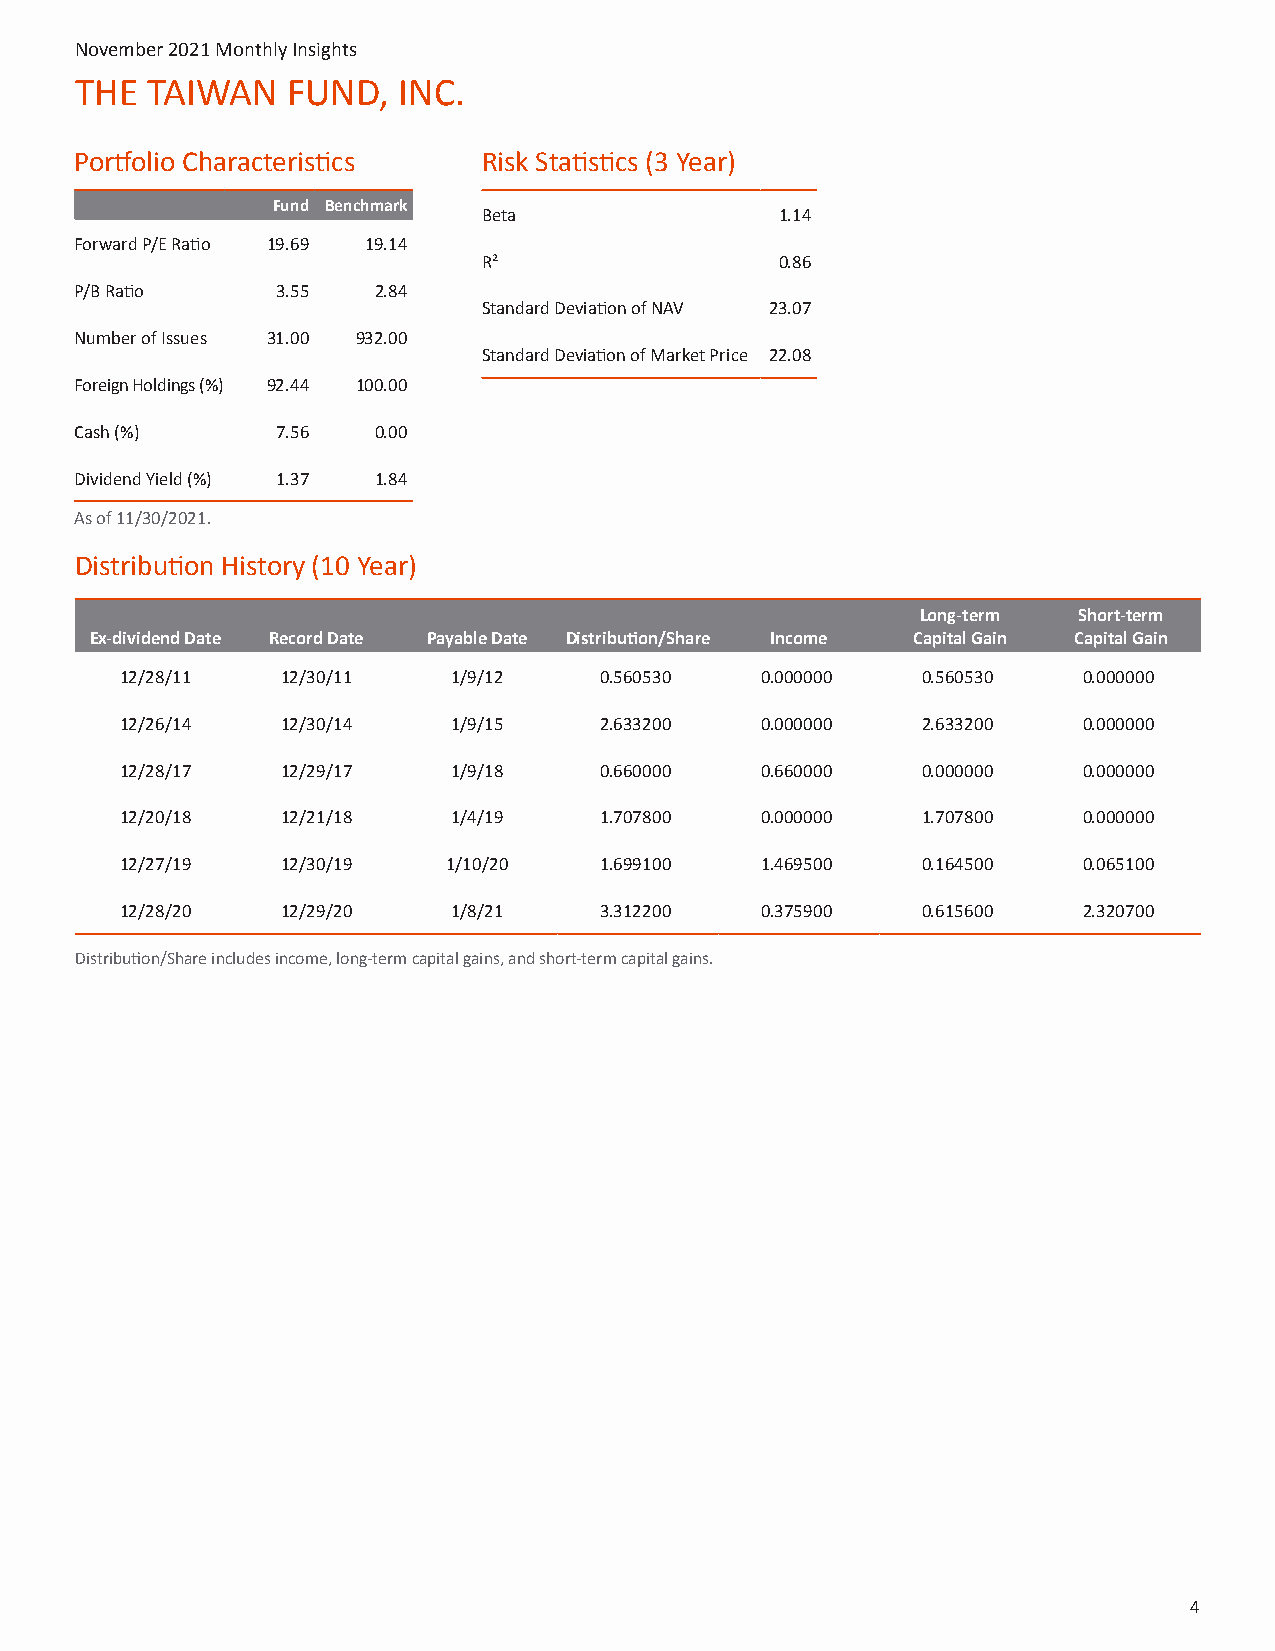
November 2021 Monthly Insights
 THE  TAIWAN   FUND,  INC.
 Portfolio Characteristics  Risk Statistics (3 Year)
 Fund Benchmark
 Beta                1.14
 Forward P/E Ratio 19.69 19.14
 R²                  0.86
 P/B Ratio    3.55   2.84
 Standard Deviation of NAV 23.07
 Number of Issues 31.00 932.00
 Standard Deviation of Market Price 22.08
 Foreign Holdings (%) 92.44 100.00
 Cash (%)     7.56   0.00
 Dividend Yield (%) 1.37 1.84
 As of 11/30/2021.
 Distribution History (10 Year)
 Long-term Short-term
 Ex-dividend Date Record Date Payable Date Distribution/Share Income Capital Gain Capital Gain
 12/28/11   12/30/11   1/9/12    0.560530  0.000000   0.560530   0.000000
 12/26/14   12/30/14   1/9/15    2.633200  0.000000   2.633200   0.000000
 12/28/17   12/29/17   1/9/18    0.660000  0.660000   0.000000   0.000000
 12/20/18   12/21/18   1/4/19    1.707800  0.000000   1.707800   0.000000
 12/27/19   12/30/19   1/10/20   1.699100  1.469500   0.164500   0.065100
 12/28/20   12/29/20   1/8/21    3.312200  0.375900   0.615600   2.320700
 Distribution/Share includes income, long-term capital gains, and short-term capital gains.
 4